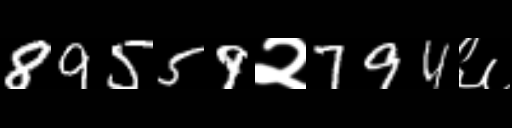
Text: 89559२794६